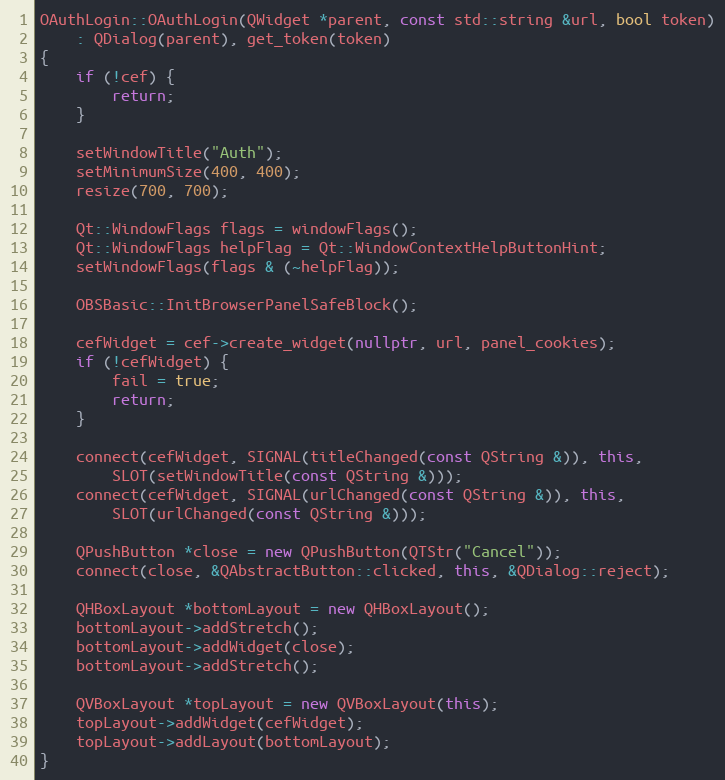
Language: C++
OAuthLogin::OAuthLogin(QWidget *parent, const std::string &url, bool token)
	: QDialog(parent), get_token(token)
{
	if (!cef) {
		return;
	}

	setWindowTitle("Auth");
	setMinimumSize(400, 400);
	resize(700, 700);

	Qt::WindowFlags flags = windowFlags();
	Qt::WindowFlags helpFlag = Qt::WindowContextHelpButtonHint;
	setWindowFlags(flags & (~helpFlag));

	OBSBasic::InitBrowserPanelSafeBlock();

	cefWidget = cef->create_widget(nullptr, url, panel_cookies);
	if (!cefWidget) {
		fail = true;
		return;
	}

	connect(cefWidget, SIGNAL(titleChanged(const QString &)), this,
		SLOT(setWindowTitle(const QString &)));
	connect(cefWidget, SIGNAL(urlChanged(const QString &)), this,
		SLOT(urlChanged(const QString &)));

	QPushButton *close = new QPushButton(QTStr("Cancel"));
	connect(close, &QAbstractButton::clicked, this, &QDialog::reject);

	QHBoxLayout *bottomLayout = new QHBoxLayout();
	bottomLayout->addStretch();
	bottomLayout->addWidget(close);
	bottomLayout->addStretch();

	QVBoxLayout *topLayout = new QVBoxLayout(this);
	topLayout->addWidget(cefWidget);
	topLayout->addLayout(bottomLayout);
}